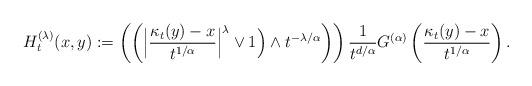
LaTeX: \begin{align*}H_t^{(\lambda)} (x,y):=\left(\left( \Big|\frac{\kappa_t(y)-x}{t^{1/\alpha}}\Big|^\lambda \vee 1 \Big) \wedge t^{-\lambda/\alpha}\right) \right)\frac{1}{t^{d/\alpha}} G^{(\alpha)} \left({\kappa_t(y)-x\over t^{1/\alpha}}\right).\end{align*}